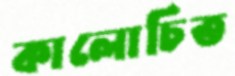
কালোচিত